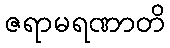
ဇရာမရဏာတိ